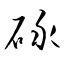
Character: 碌